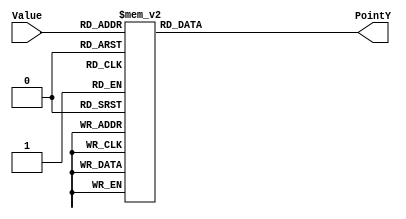
`timescale 1ns / 1ps
//////////////////////////////////////////////////////////////////////////////////
// Company: 
// Engineer: 
// 
// Design Name: 
// Module Name:    PointerTable 
// Project Name: 
// Target Devices: 
// Tool versions: 
// Description: 
//
// Dependencies: 
//
// Revision: 
// Revision 0.01 - File Created
// Additional Comments: 
//
//////////////////////////////////////////////////////////////////////////////////
module PointerTable(
		output reg [9:0] PointY,
		input [3:0] Value
    );

	/*
		Tabla:
		
		0-9: Numeros
		10: AM
		11: PM
		12: 24H
		13: Rojo
		14: Verde
	
	*/
	
	always @*
		case(Value)
			4'd0: 
				begin
					PointY = 10'd0;
				end
			4'd1: 
				begin
					PointY = 10'd60;
				end
			4'd2: 
				begin
					PointY = 10'd120;
				end
			4'd3: 
				begin
					PointY = 10'd180;
				end
			4'd4: 
				begin
					PointY = 10'd240;
				end
			4'd5: 
				begin
					PointY = 10'd300;
				end
			4'd6: 
				begin
					PointY = 10'd360;
				end
			4'd7: 
				begin
					PointY = 10'd420;
				end
			4'd8: 
				begin
					PointY = 10'd480;
				end
			4'd9: 
				begin
					
					PointY = 10'd540;
				end
				// AM
			4'd10:
				begin
					PointY = 10'd0;
				end
				//PM
			4'd11:
				begin
					PointY = 10'd20;
				end
				//24H
			4'd12:
				begin
					PointY = 10'd0;
				end
				//Rojo
			4'd13:
				begin
					PointY = 10'd0;
				end
				//Verde
			4'd14:
				begin
					PointY = 10'd20;
				end
			4'd15:
				begin
					PointY = 10'd0;
				end
	
		endcase

endmodule